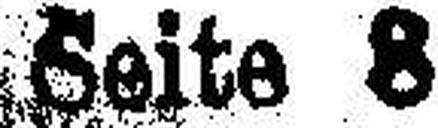
Seite 8